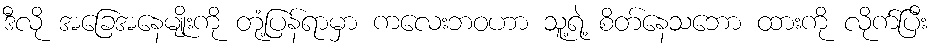
ဒီလို အခြေအနေမျိုးကို တုံ့ပြန်ရာမှာ ကလေးဘဝဟာ သူ့ရဲ့ စိတ်နေသဘော ထားကို လိုက်ပြီး